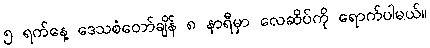
၅ ရက်နေ့ ဒေသစံတော်ချိန် ၈ နာရီမှာ လေဆိပ်ကို ရောက်ပါမယ်။